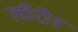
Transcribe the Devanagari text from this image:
लॉरीन